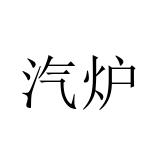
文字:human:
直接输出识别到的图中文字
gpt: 汽炉